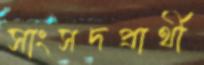
সাংসদপ্রার্থী